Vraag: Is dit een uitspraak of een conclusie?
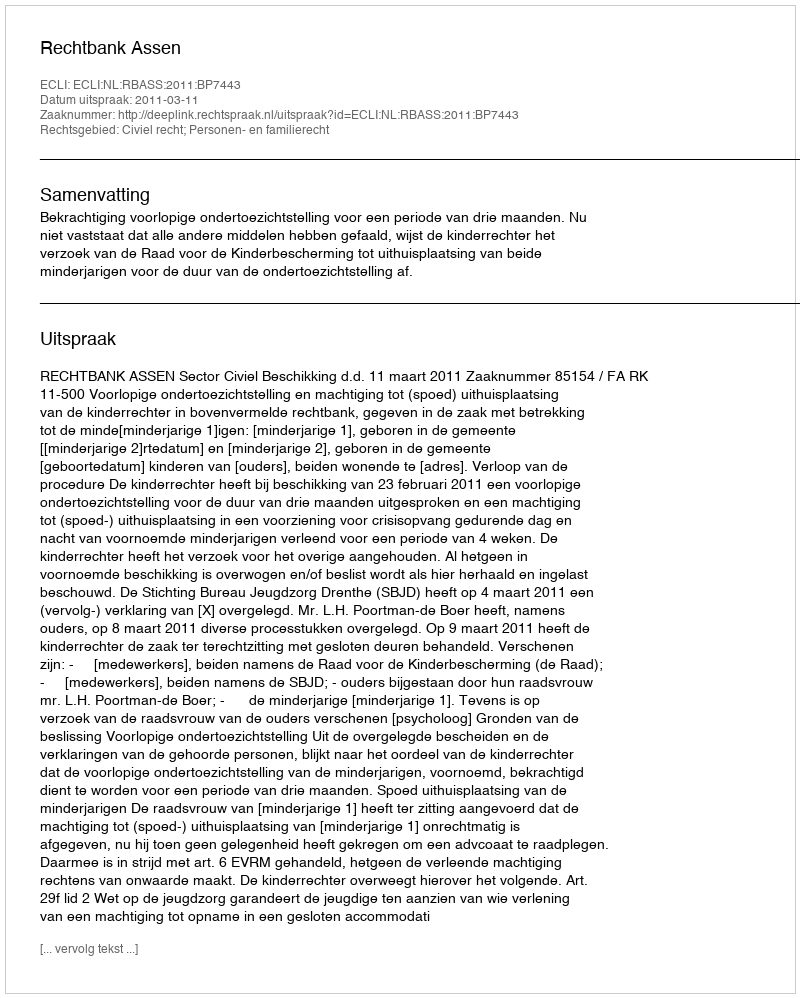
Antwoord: Uitspraak